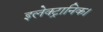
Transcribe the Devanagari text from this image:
इलेक्ट्रानिक।